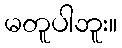
မတူပါဘူး။